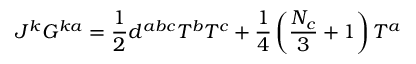
J ^ { k } G ^ { k a } = \frac 1 2 d ^ { a b c } T ^ { b } T ^ { c } + \frac 1 4 \left( \frac { N _ { c } } 3 + 1 \right) T ^ { a }